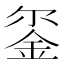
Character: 𮷯